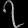
Digit: ၇